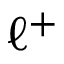
\ell ^ { + }